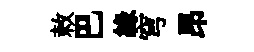
敕巴緣穹昂